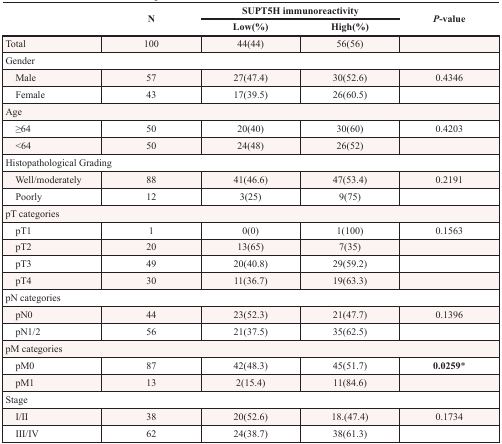
<table><thead><tr><td rowspan="2"></td><td rowspan="2"><b>N</b></td><td colspan="2"><b>SUPT5H immunoreactivity</b></td><td rowspan="2"><b>P-value</b></td></tr><tr><td><b>Low(%)</b></td><td><b>High(%)</b></td></tr></thead><tbody><tr><td>Total</td><td>100</td><td>44(44)</td><td>56(56)</td><td></td></tr><tr><td colspan="5">Gender</td></tr><tr><td> Male</td><td>57</td><td>27(47.4)</td><td>30(52.6)</td><td>0.4346</td></tr><tr><td> Female</td><td>43</td><td>17(39.5)</td><td>26(60.5)</td><td></td></tr><tr><td colspan="5">Age</td></tr><tr><td> ≥64</td><td>50</td><td>20(40)</td><td>30(60)</td><td>0.4203</td></tr><tr><td> &lt;64</td><td>50</td><td>24(48)</td><td>26(52)</td><td></td></tr><tr><td colspan="5">Histopathological Grading</td></tr><tr><td> Well/moderately</td><td>88</td><td>41(46.6)</td><td>47(53.4)</td><td>0.2191</td></tr><tr><td> Poorly</td><td>12</td><td>3(25)</td><td>9(75)</td><td></td></tr><tr><td colspan="5">pT categories</td></tr><tr><td> pT1</td><td>1</td><td>0(0)</td><td>1(100)</td><td>0.1563</td></tr><tr><td> pT2</td><td>20</td><td>13(65)</td><td>7(35)</td><td></td></tr><tr><td> pT3</td><td>49</td><td>20(40.8)</td><td>29(59.2)</td><td></td></tr><tr><td> pT4</td><td>30</td><td>11(36.7)</td><td>19(63.3)</td><td></td></tr><tr><td colspan="5">pN categories</td></tr><tr><td> pN0</td><td>44</td><td>23(52.3)</td><td>21(47.7)</td><td>0.1396</td></tr><tr><td> pN1/2</td><td>56</td><td>21(37.5)</td><td>35(62.5)</td><td></td></tr><tr><td colspan="5">pM categories</td></tr><tr><td> pM0</td><td>87</td><td>42(48.3)</td><td>45(51.7)</td><td><b>0.0259</b>*</td></tr><tr><td> pM1</td><td>13</td><td>2(15.4)</td><td>11(84.6)</td><td></td></tr><tr><td colspan="5">Stage</td></tr><tr><td> I/II</td><td>38</td><td>20(52.6)</td><td>18.(47.4)</td><td>0.1734</td></tr><tr><td> III/IV</td><td>62</td><td>24(38.7)</td><td>38(61.3)</td><td></td></tr></tbody></table>